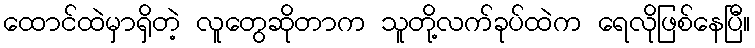
ထောင်ထဲမှာရှိတဲ့ လူတွေဆိုတာက သူတို့လက်ခုပ်ထဲက ရေလိုဖြစ်နေပြီ။